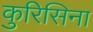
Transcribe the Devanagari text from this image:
कुरिसिना